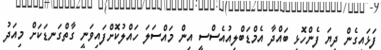
ފަޅައިގެން ދިޔަ ފެންހޮޅި ބައްދާ އެމްޑަބްލިއުއެސްސީ އިން މައްސަލަ ހައްލުކޮށްފައިވަނީ ގާތްގަނޑަކަށް މިއަދު